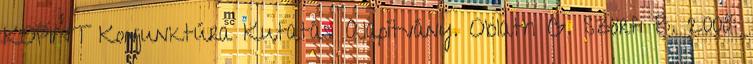
KOPINT Konjunktúra Kutatási Alapítvány. Oblath G. Szörfi B. 2008: